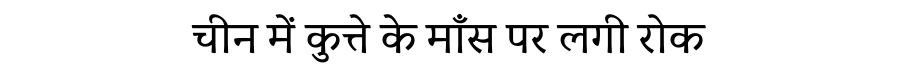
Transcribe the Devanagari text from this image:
चीन में कुत्ते के माँस पर लगी रोक